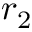
r _ { 2 }